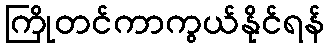
ကြိုတင်ကာကွယ်နိုင်ရန်